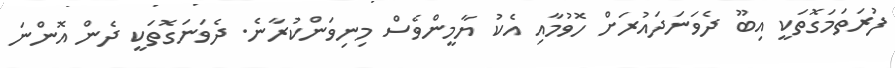
ފުރަތަމަގޮތަކީ އިބޫ ދެވަނަދައުރަށް ހޮވުމާއި އެކު ޔާމީންވެސް މިނިވަންކުރާނެ. ދެވަނަގޮތަކީ ދެން އޮންނަ